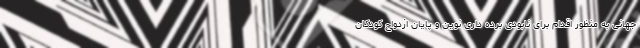
جهانی به منظور اقدام برای نابودی برده داری نوین و پایان ازدواج کودکان